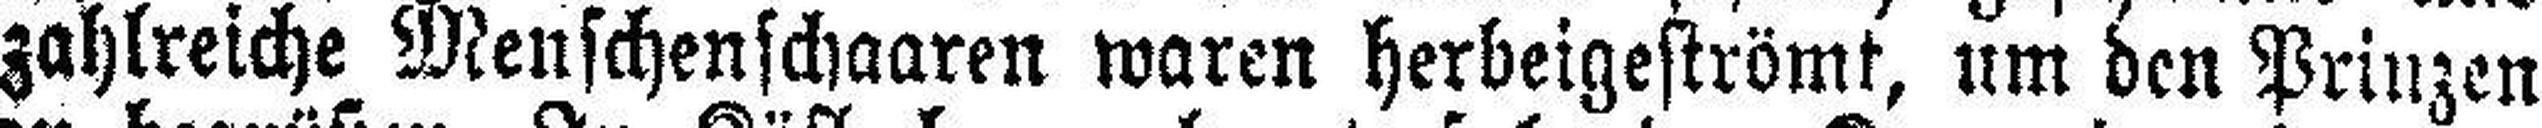
zahlreiche Menschenschaaren waren herbeigeströmt, um den Prinzen